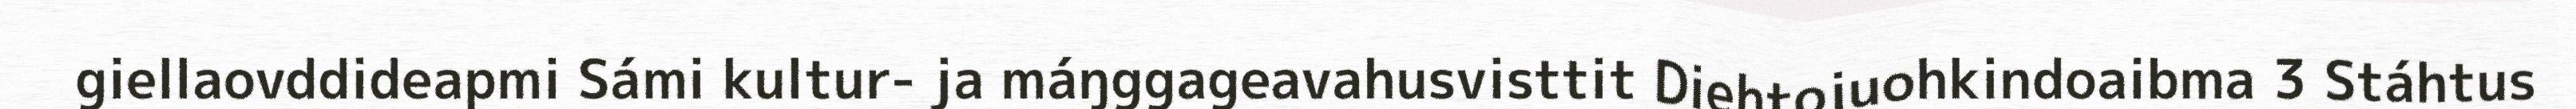
giellaovddideapmi Sámi kultur- ja máŋggageavahusvisttit Diehtojuohkindoaibma 3 Stáhtus